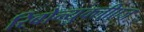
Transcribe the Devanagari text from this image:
रिबोन्युक्लीएज